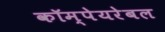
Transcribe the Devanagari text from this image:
कॉम्पेयरेबल